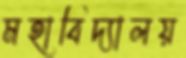
মহাবিদ্যালয়